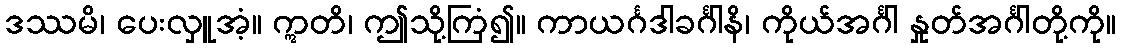
ဒဿမိ၊ ပေးလှူအံ့။ ဣတိ၊ ဤသို့ကြံ၍။ ကာယင်္ဂဒါခင်္ဂါနိ၊ ကိုယ်အင်္ဂါ နှုတ်အင်္ဂါတို့ကို။